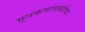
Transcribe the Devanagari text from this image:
मूलकणांसंबंधीच्या